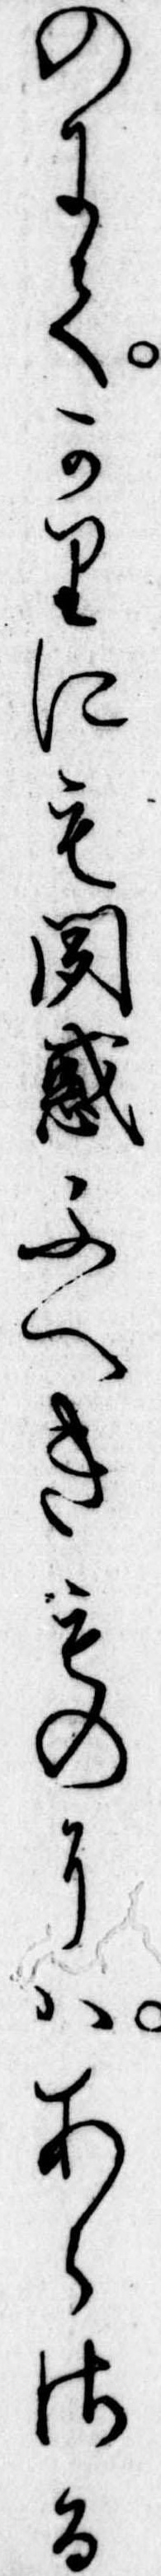
のにてかりにも聞惑ふへきものにはあらさる